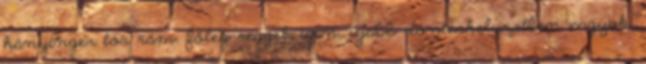
hányinger tör rám, főleg reggel. igen, újabb döntéshelyzetben vagyok.